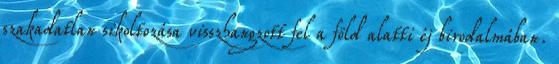
szakadatlan sikoltozása visszhangzott fel a föld alatti éj birodalmában.